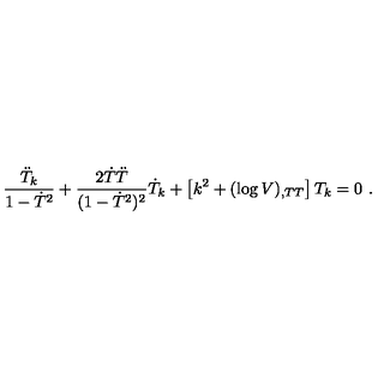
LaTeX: \frac { \ddot { T } _ { k } } { 1 - \dot { T } ^ { 2 } } + \frac { 2 \dot { T } \ddot { T } } { ( 1 - \dot { T } ^ { 2 } ) ^ { 2 } } \dot { T } _ { k } + \left[ k ^ { 2 } + ( \log V ) _ { , T T } \right] T _ { k } = 0 \ .